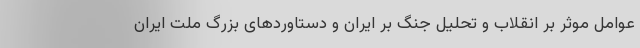
عوامل موثر بر انقلاب و تحلیل جنگ بر ایران و دستاوردهای بزرگ ملت ایران